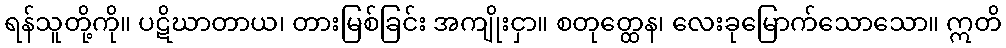
ရန်သူတို့ကို။ ပဋိဃာတာယ၊ တားမြစ်ခြင်း အကျိုးငှာ။ စတုတ္ထေန၊ လေးခုမြောက်သောသော။ ဣတိ